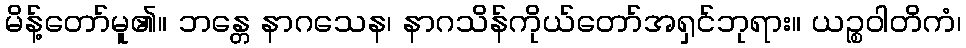
မိန့်တော်မူ၏။ ဘန္တေ နာဂသေန၊ နာဂသိန်ကိုယ်တော်အရှင်ဘုရား။ ယဉ္စဝါတိကံ၊